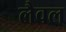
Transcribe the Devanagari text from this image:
लैवल